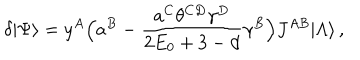
\delta | \Psi \rangle = y ^ { A } \Bigl ( a ^ { B } - \frac { a ^ { C } \theta ^ { C D } \gamma ^ { D } } { 2 E _ { 0 } + 3 - d } \gamma ^ { B } \Bigr ) J ^ { A B } | \Lambda \rangle \, ,